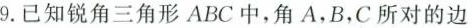
9.已知锐角三角形ABC中，角A，B，C所对的边